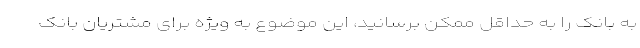
به بانک را به حداقل ممکن برسانید، این موضوع به ویژه برای مشتریان بانک